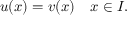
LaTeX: u ( x ) = v ( x ) \quad x \in I .